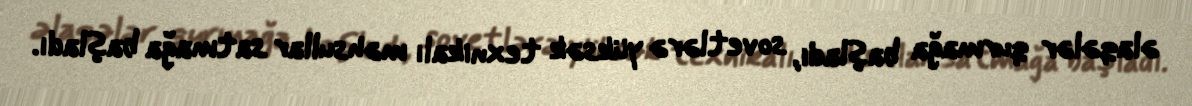
əlaqələr qurmağa başladı, sovetlərə yüksək texnikalı məhsullar satmağa başladı.